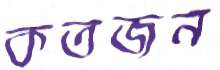
কতজন